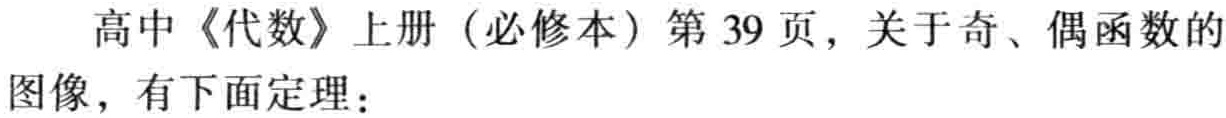
高中《代数》上册（必修本）第 39 页，关于奇、偶函数的
图像，有下面定理：